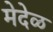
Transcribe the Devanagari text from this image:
मेदेळ